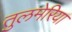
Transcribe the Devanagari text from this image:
तुलमेरिया